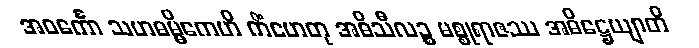
အဝင်္ကော သဟဓမ္မိကေဟိ ကိံဟေတု အဓိသီလဉ္စ မစ္စုရာဇဿ အဓိဋ္ဌေယျာတိ